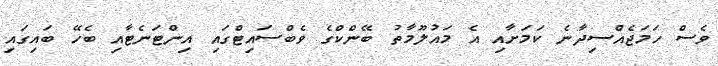
ވެސް ހަމަޖެއްސިދާނެ ކަމަށާއި އެ މައުލޫމާތު ބޭންކްގެ ވެބްސައިޓްގައި އިންޓަނެޓާއި ބެހޭ ބައިގައި